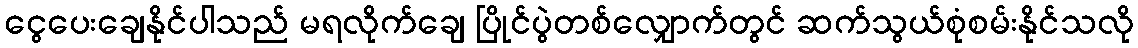
ငွေပေးချေနိုင်ပါသည် မရလိုက်ချေ ပြိုင်ပွဲတစ်လျှောက်တွင် ဆက်သွယ်စုံစမ်းနိုင်သလို